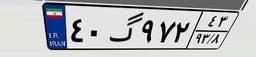
۴۰گ۹۷۲۴۳